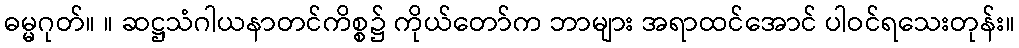
ဓမ္မဂုတ်။ ။ ဆဋ္ဌသံဂါယနာတင်ကိစ္စ၌ ကိုယ်တော်က ဘာများ အရာထင်အောင် ပါဝင်ရသေးတုန်း။